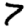
Digit: 7